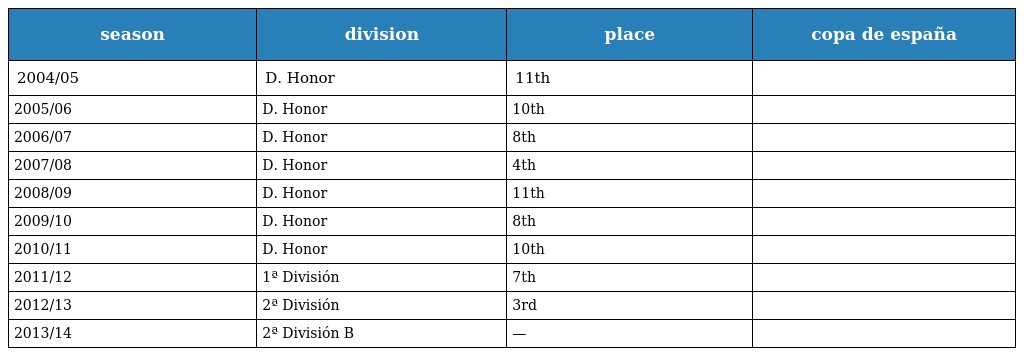
| season | division | place | copa de españa |
 | --- | --- | --- | --- |
 | 2004/05 | D. Honor | 11th |  |
 | 2005/06 | D. Honor | 10th |  |
 | 2006/07 | D. Honor | 8th |  |
 | 2007/08 | D. Honor | 4th |  |
 | 2008/09 | D. Honor | 11th |  |
 | 2009/10 | D. Honor | 8th |  |
 | 2010/11 | D. Honor | 10th |  |
 | 2011/12 | 1ª División | 7th |  |
 | 2012/13 | 2ª División | 3rd |  |
 | 2013/14 | 2ª División B | — |  |